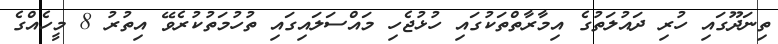
ތިނަދޫގައި ހުރި ދައުލަތުގެ އިމާރާތްތަކުގައި ހުޅުޖެހި މައްސަލައިގައި ތުހުމަތުކުރެވޭ އިތުރު 8 މީހެއްގެ